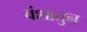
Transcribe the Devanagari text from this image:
वंशातुन